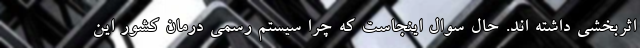
اثربخشی داشته اند. حال سوال اینجاست که چرا سیستم رسمی درمان کشور این